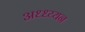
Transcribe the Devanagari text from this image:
अध्ध्य्यन